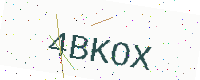
Text: 4BKOX